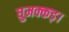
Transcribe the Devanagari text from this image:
घुमक्कड़।